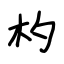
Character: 杓